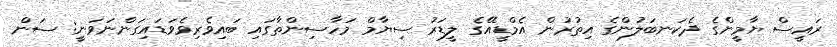
ރައީސް ޔާމީންގެ ދެކަނބަލުންގެ އިތުރުން އެމްޑީއޭގެ ލީޑަރު ސިޔާމް މަހާސިންތާގައި ބައިވެރިވެވަޑައިގަންނަަވަނީ: ސަން